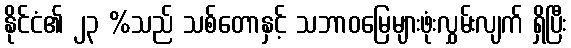
နိုင်ငံ၏ ၂၃ %သည် သစ်တောနှင့် သဘာဝမြေများဖုံးလွှမ်းလျက် ရှိပြီး